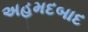
અહમદબાદ